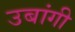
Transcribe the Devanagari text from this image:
उबांगी